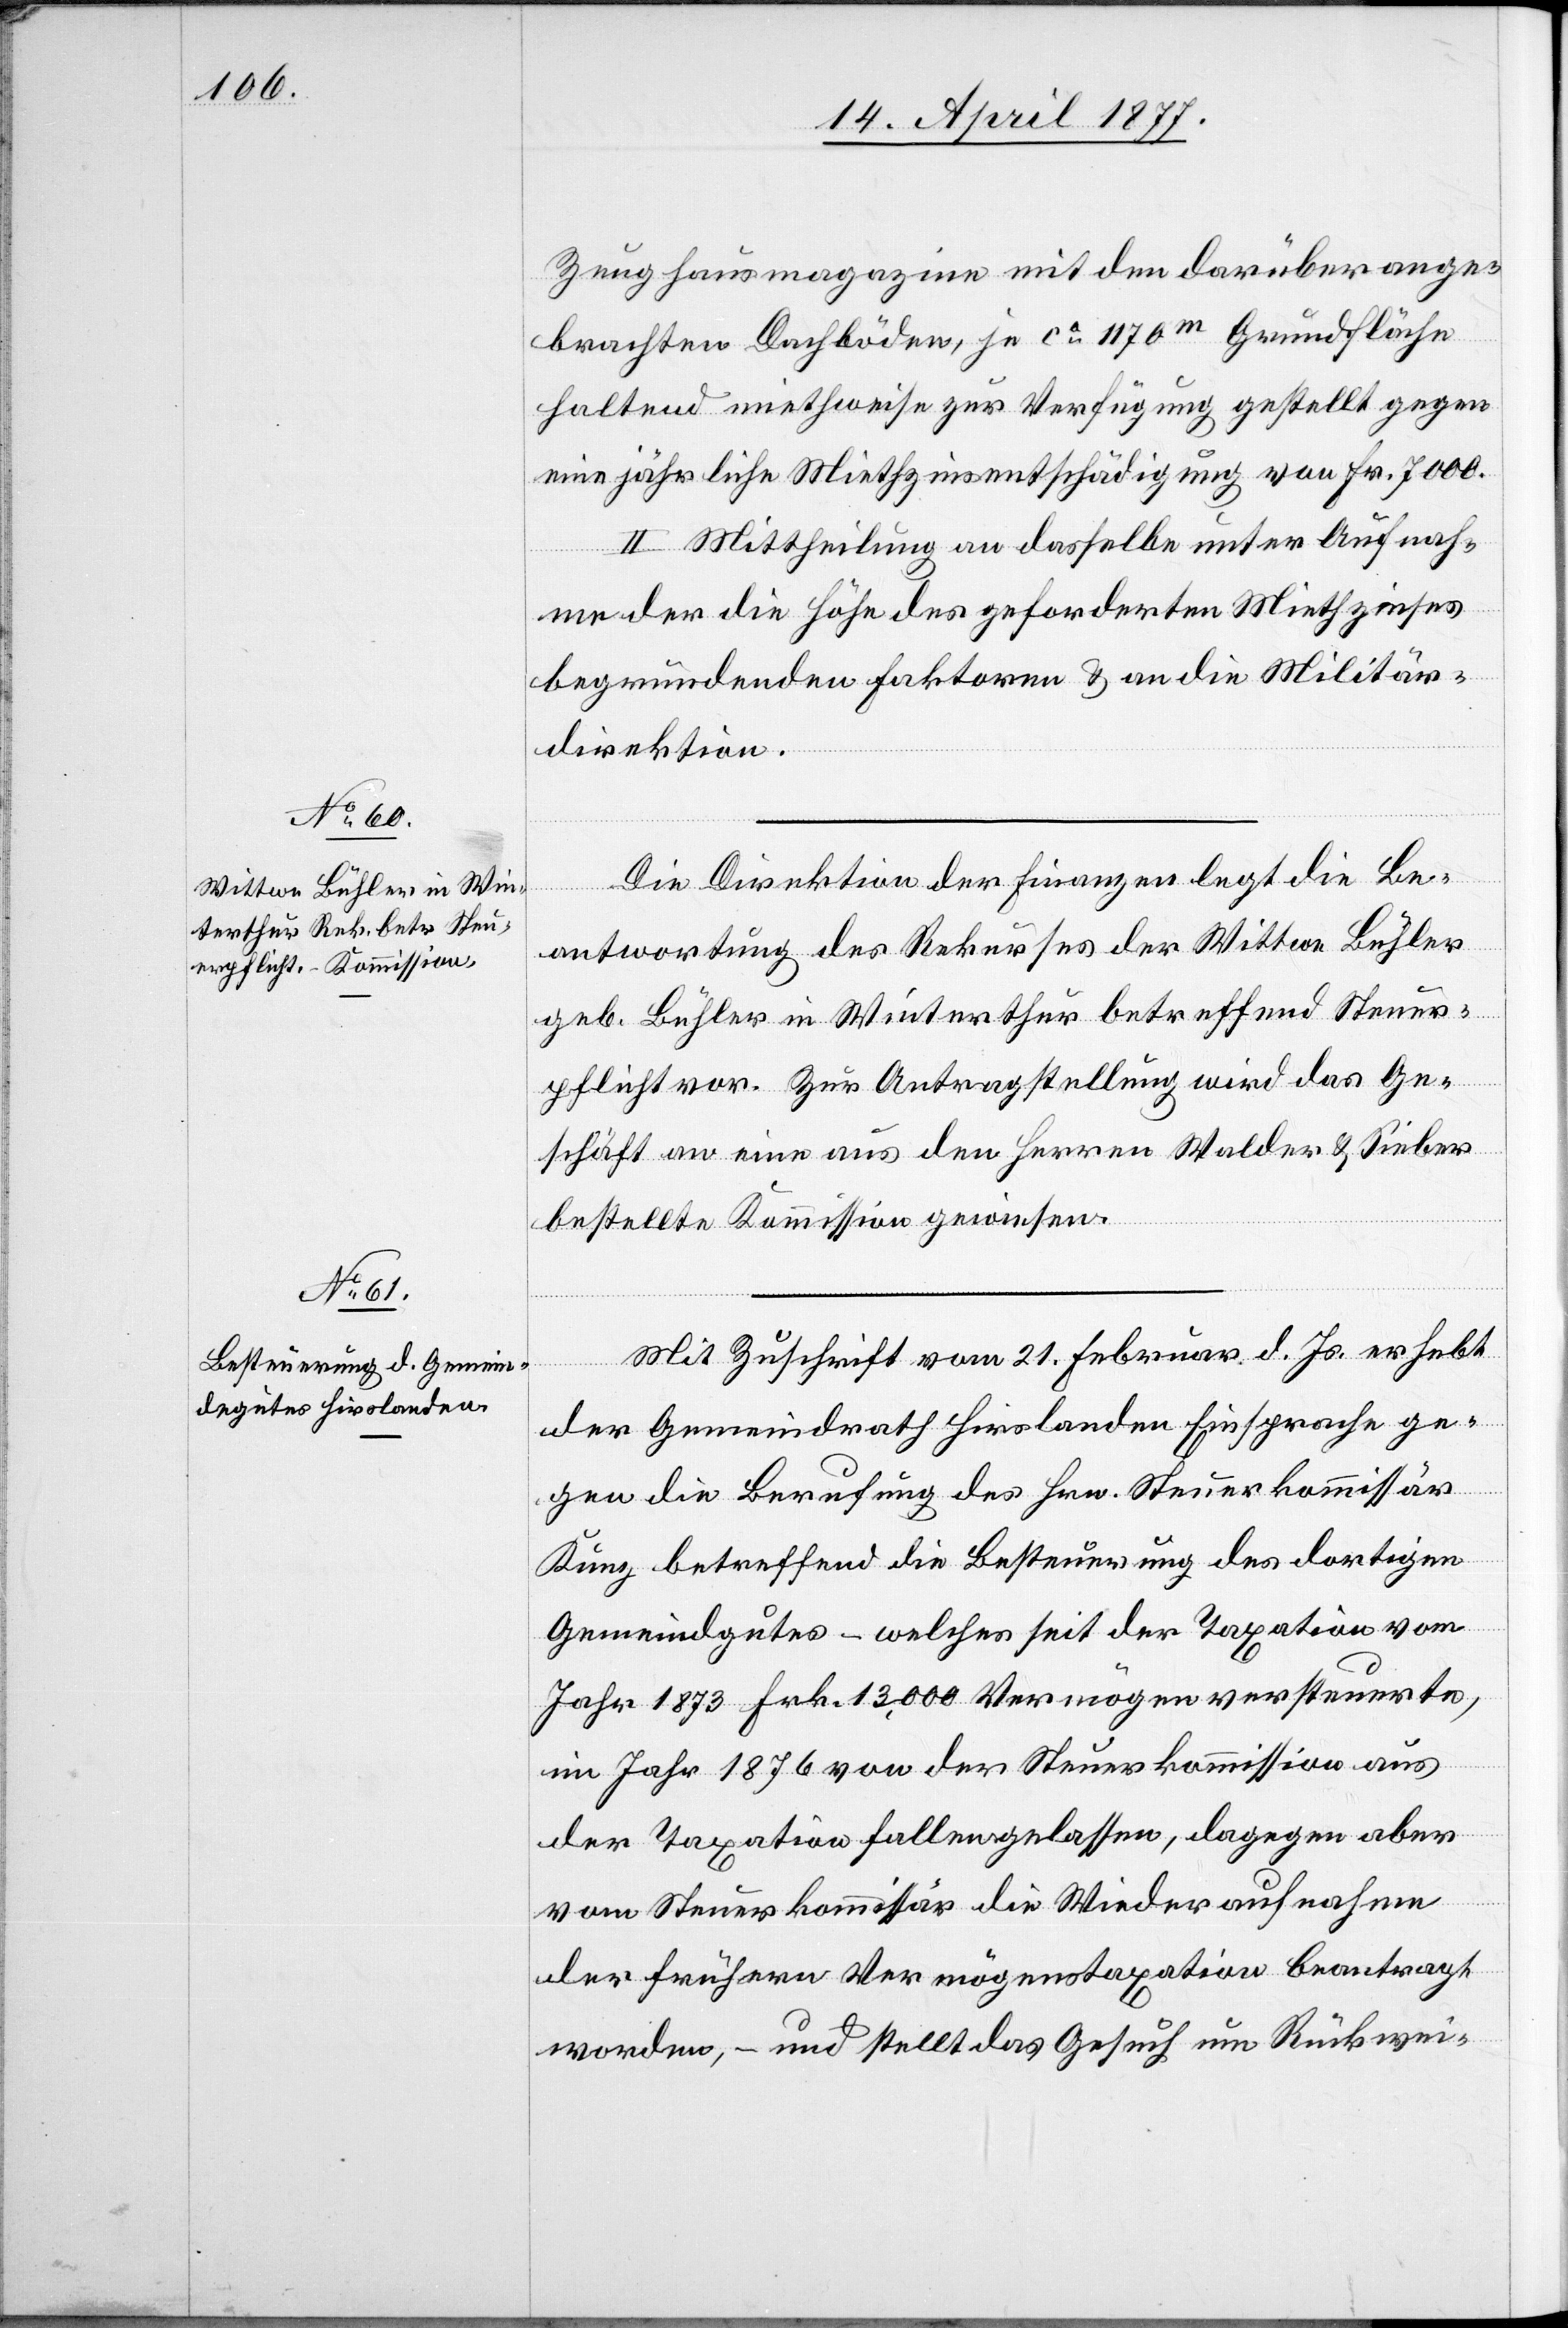
Zeughausmagazine mit den darüber ange¬
brachten Dachböden, je ca. 1170m [sic!] Grundfläche
haltend miethweise zur Verfügung gestellt gegen
eine jährliche Miethzinsentschädigung von Fr. 7000.
II. Mittheilung an dasselbe unter Aufnah¬
me der die Höhe des geforderten Miethzinses
begründenden Faktoren & an die Militär¬
direktion.
Die Direktion der Finanzen legt die Be¬
antwortung des Rekurses der Wittwe Bühler
geb. Bühler in Winterthur betreffend Steuer¬
pflicht vor. Zur Antragstellung wird das Ge¬
schäft an eine aus den Herren Walder & Sieber
bestellte Kommission gewiesen.
Mit Zuschrift vom 21. Februar d. Js. erhebt
der Gemeindrath Hirslanden Einsprache ge¬
gen die Berufung des Hrn. Steuerkommissär
Kunz betreffend die Besteuerung des dortigen
Gemeindgutes – welches seit der Taxation vom
Jahr 1873 Frk. 13,000 Vermögen versteuerte,
im Jahr 1876 von der Steuerkommission aus
der Taxation fallengelassen, dagegen aber
vom Steuerkommissär die Wiederaufnahme
der frühern Vermögenstaxation beantragt
worden, – und stellt das Gesuch um Rückwei-